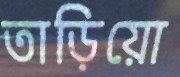
তাড়িয়ো